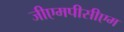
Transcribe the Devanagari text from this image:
जीएमपीसीएम